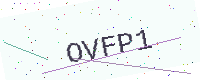
Text: OVFP1